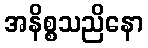
အနိစ္စသညိနော